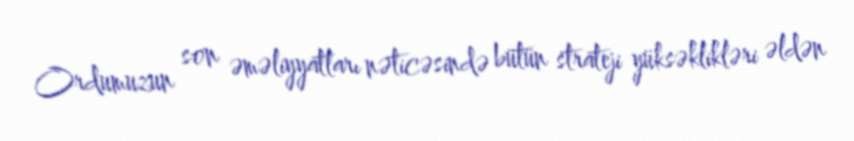
Ordumuzun son əməliyyatları nəticəsində bütün strateji yüksəklikləri əldən